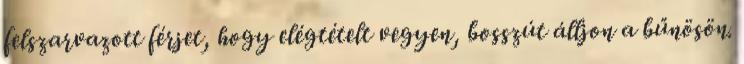
felszarvazott férjet, hogy elégtételt vegyen, bosszút álljon a bűnösön.